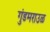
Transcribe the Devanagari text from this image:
गुंडमराउळ